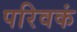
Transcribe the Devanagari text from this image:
परिवकं